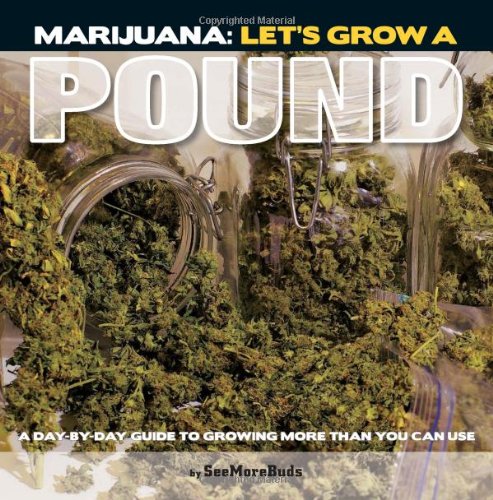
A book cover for Marijuana: Let's Grow a Pound: A Day by Day Guide to Growing More Than You Can Smoke; SeeMoreBuds; Crafts, Hobbies & Home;